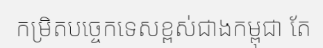
កម្រិតបច្ចេកទេសខ្ពស់ជាងកម្ពុជា តែ